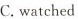
C.watched